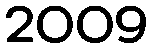
2009